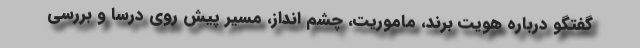
گفتگو درباره هویت برند، ماموریت، چشم انداز، مسیر پیش روی درسا و بررسی